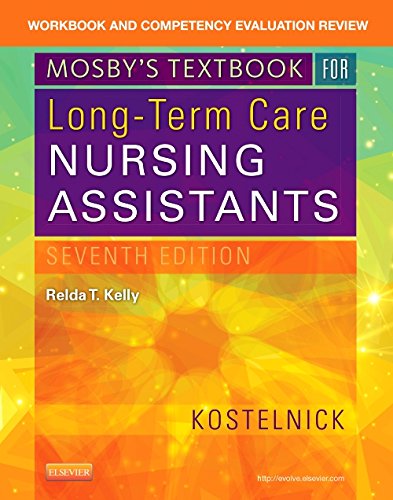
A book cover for Workbook and Competency Evaluation Review for Mosby's Textbook for Long-Term Care Nursing Assistants, 7e; Clare Kostelnick; Medical Books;